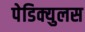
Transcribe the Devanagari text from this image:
पेडिक्युलस